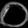
Digit: ၀